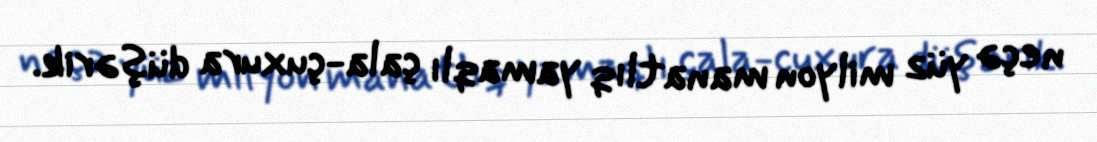
neçə yüz milyon manatlıq yamaqlı çala-çuxura düşərik.